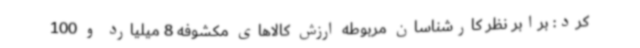
کرد: برابر نظر کارشناسان مربوطه ارزش کالاهای مکشوفه 8 میلیارد و 100